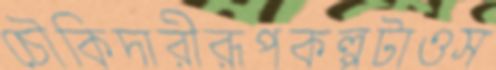
চৌকিদারীরূপকল্পটাওস